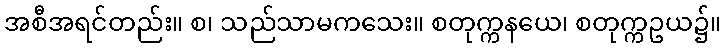
အစီအရင်တည်း။ စ၊ သည်သာမကသေး။ စတုက္ကနယေ၊ စတုက္ကဥယ၌။